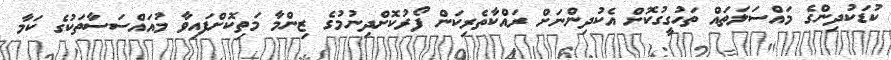
ކުޑަކުދިންގެ މައްސަލަތައް ތަހުގީގުކޮށް އެކުދިންނަށް ރައްކާތެރިކަން ފޯރުކޮށްދިނުމުގެ ޒިންމާ މަތިކޮށްފައިވާ މުއައްސަސާތަކުގެ ކަމާ